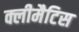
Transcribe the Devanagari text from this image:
क्लीमैटिस